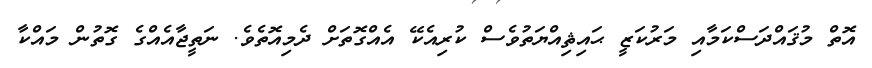
އޮތް މުޤައްދަސްކަމާއި މަރުކަޒީ ޙައިޘިއްޔަތުވެސް ކުރިއެކޭ އެއްގޮތަށް ދެމިއޮތެވެ. ނަތީޖާއެއްގެ ގޮތުން މައްކާ